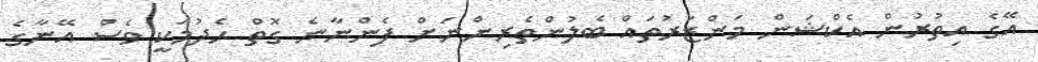
އޭގެ އިތުރުން އެކްޝަން މަންޒަރުތައް ބެލުންތެރިންނަށް ފެންނާނެ ގޮތް ހެދުމަކީ ވެސް އޭނާގެ